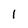
Character: l